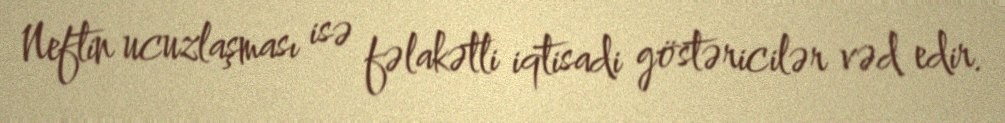
Neftin ucuzlaşması isə fəlakətli iqtisadi göstəricilər vəd edir.